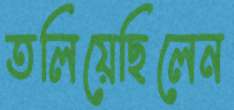
তলিয়েছিলেন